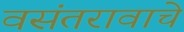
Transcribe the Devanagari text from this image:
वसंतरावाचे